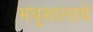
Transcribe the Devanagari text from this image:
मधुशालाये